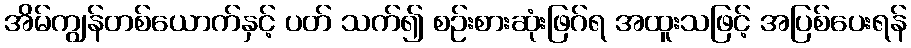
အိမ်ကျွန်တစ်ယောက်နှင့် ပတ် သက်၍ စဉ်းစားဆုံးဖြဂ်ရ အထူးသဖြင့် အပြစ်ပေးရန်